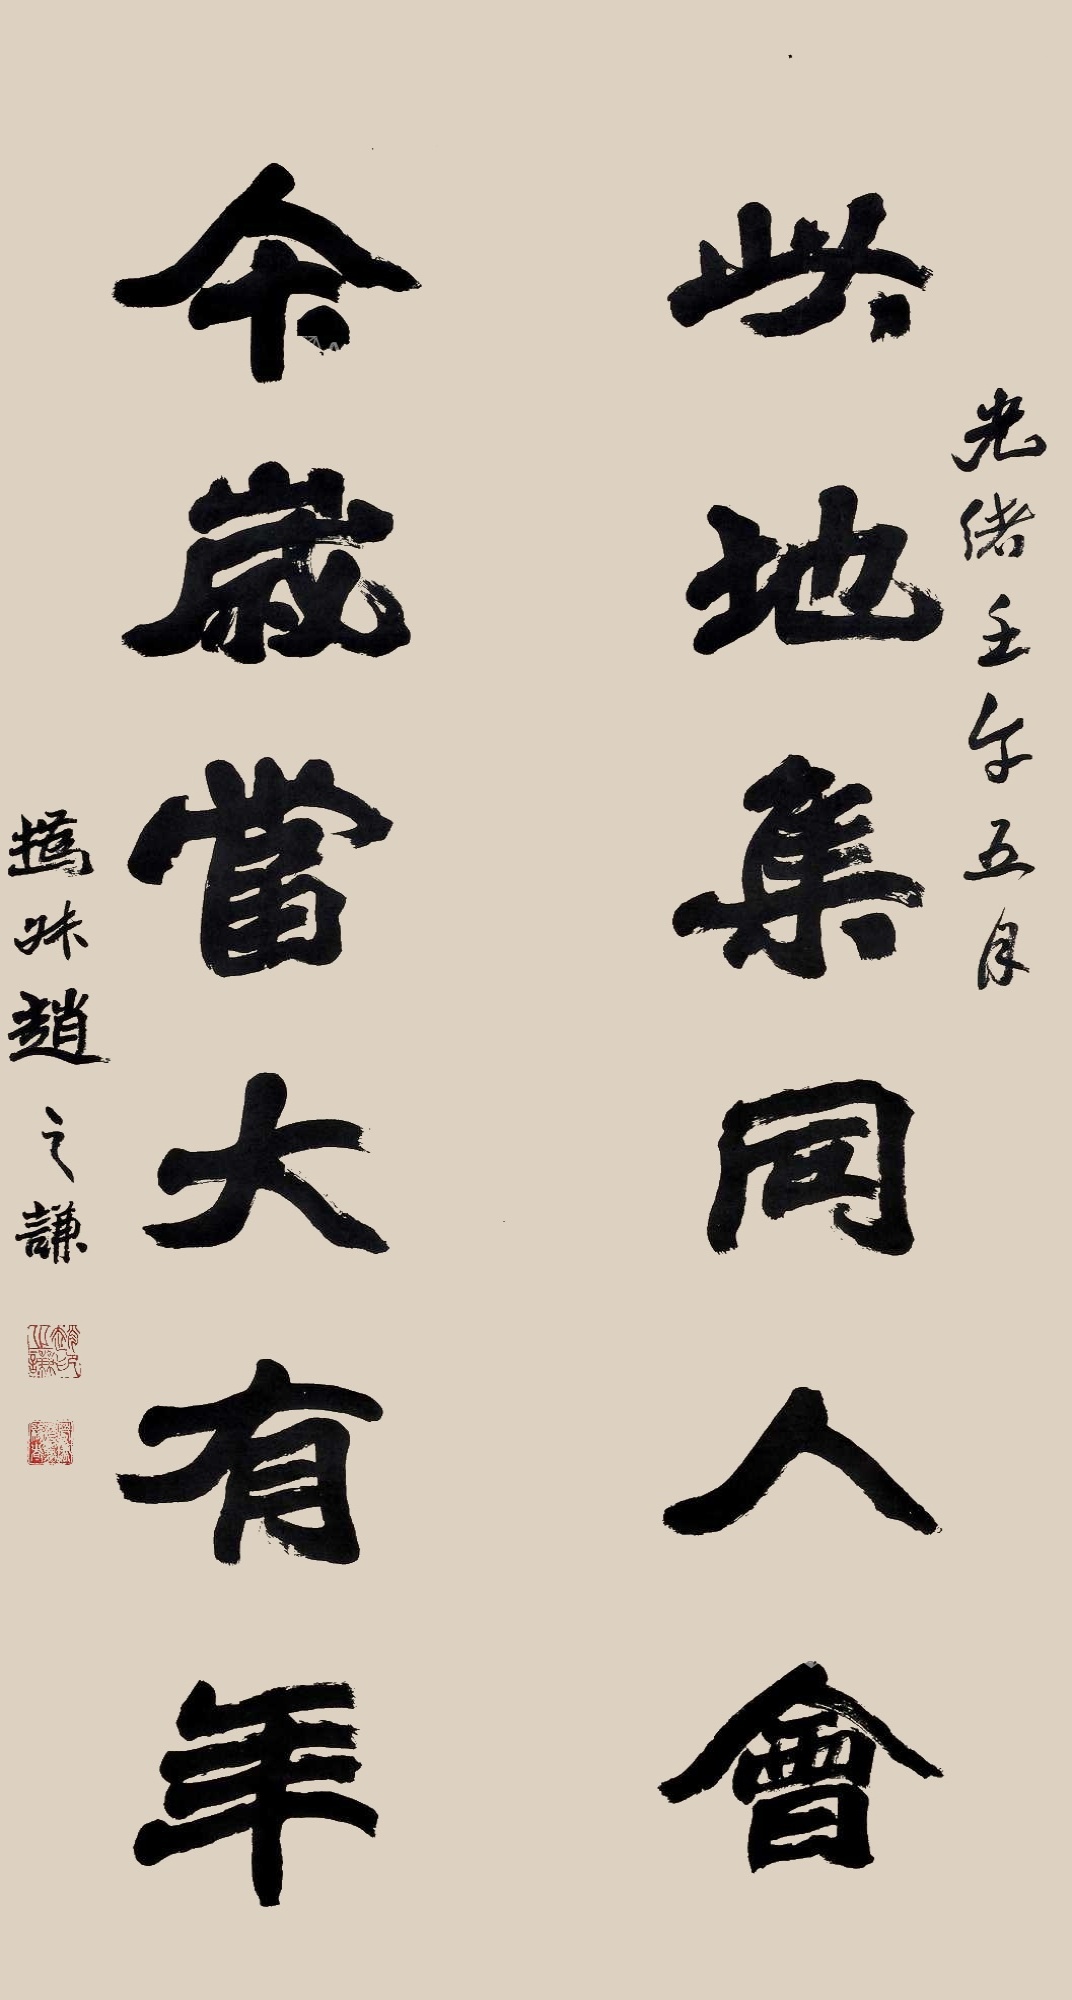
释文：此地集同人会，今岁当大有年。光绪壬午五月，㧑叔赵之谦。